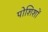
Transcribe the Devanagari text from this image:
पोशिशों